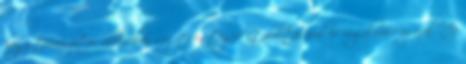
hogy természetes állásában segítsen téged stabilitásával és rugalmasságával. Az